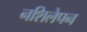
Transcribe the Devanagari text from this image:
नशिलेपन